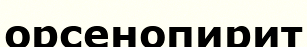
орсенопирит